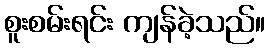
စူးစမ်းရင်း ကျန်ခဲ့သည်။